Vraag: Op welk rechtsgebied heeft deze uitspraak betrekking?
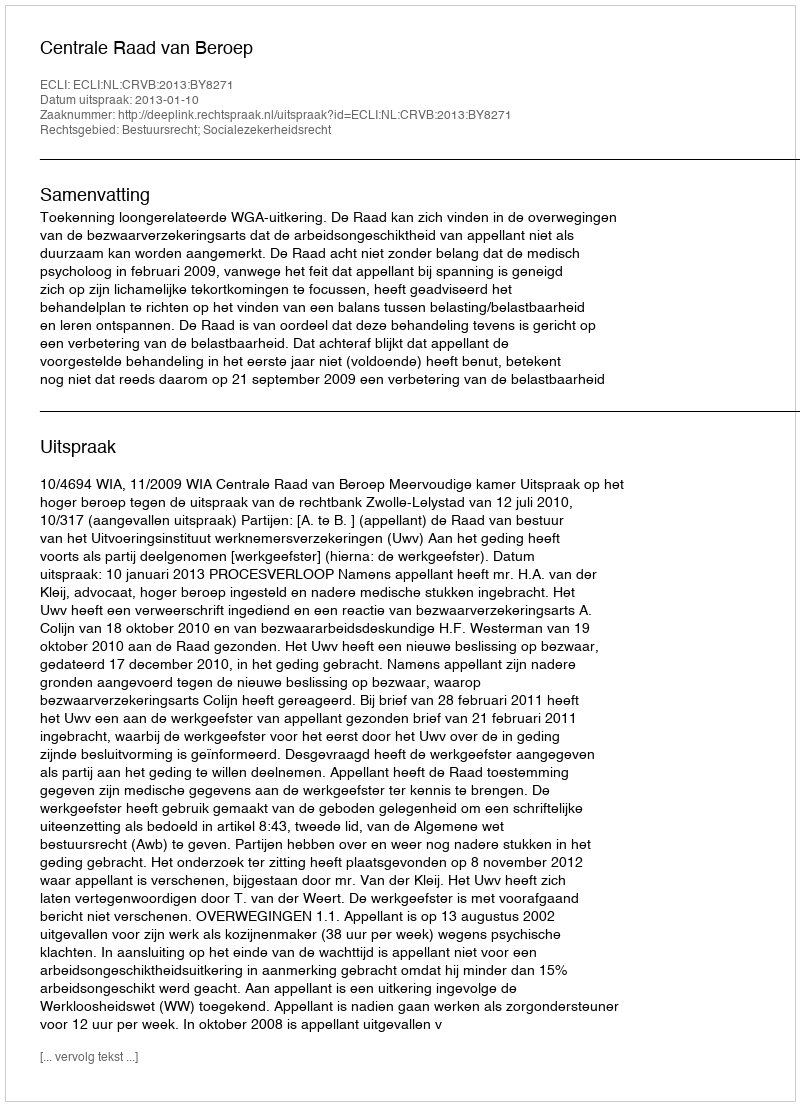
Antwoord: Bestuursrecht; Socialezekerheidsrecht